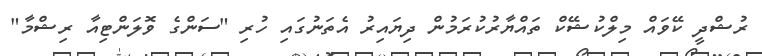
ރުޝްދީ ކޭވައް މިލްކުޝޭކް ތައްޔާރުކުރަމުން ދިޔައިރު އެތަނުގައި ހުރި "ސަންގެ ވޮލަންޓިއާ ރިޝްމާ"